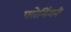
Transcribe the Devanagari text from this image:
फ्लेमिंगनी